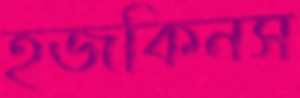
হজকিনস